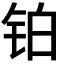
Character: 铂